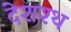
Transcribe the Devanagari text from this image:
देशश्थ